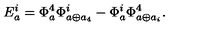
E _ { a } ^ { i } = \Phi _ { a } ^ { 4 } \Phi _ { a \oplus a _ { 4 } } ^ { i } - \Phi _ { a } ^ { i } \Phi _ { a \oplus a _ { i } } ^ { 4 } .